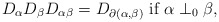
\begin{align*}D_\alpha D_\beta D_{\alpha\beta}=D_{\partial(\alpha,\beta)}\mbox{ if }\alpha\perp_0\beta,\end{align*}